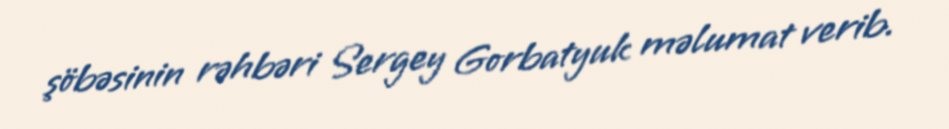
şöbəsinin rəhbəri Sergey Gorbatyuk məlumat verib.